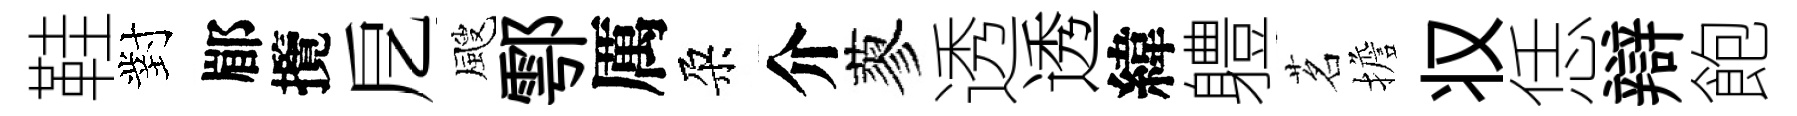
鞋對郿攬戹颼鄠厲朶介蓼透透緯軆茗擔𠬧恁辯飽